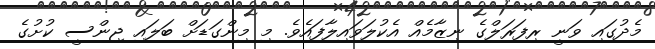
މެދުގައި ވަނީ ރިފަރަލްގެ ނިޒާމެއް އެކުލަވައިލާފައެވެ. މި މިންގަޑަށް ބަލައި ޖިންސީ ކުށުގެ